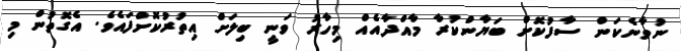
ނުވާނެކަން ސާފުކޮށް ބަޔާންކުރާ މާއްދާއެއް މިހާރު ވަނީ ބިލަށް އިތުރުކޮށްފައެވެ. އެގޮތުން މި